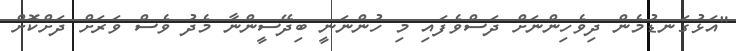
"އަޅުގަނޑުމެން ދިވެހިންނަށް ދަސްވެފައި މި ހުންނަނީ ބިދޭސީންނާ މެދު ވެސް ވަރަށް ދަށްކޮށް